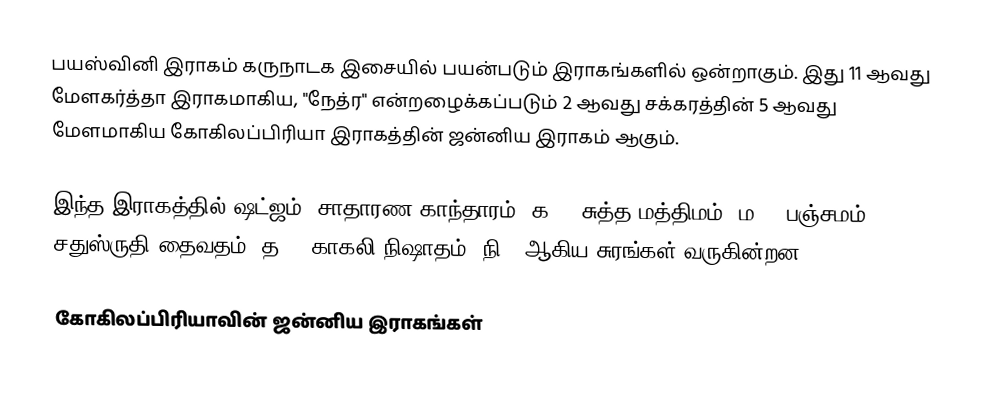
பயஸ்வினி இராகம் கருநாடக இசையில் பயன்படும் இராகங்களில் ஒன்றாகும். இது 11 ஆவது மேளகர்த்தா இராகமாகிய, "நேத்ர" என்றழைக்கப்படும் 2 ஆவது சக்கரத்தின் 5 ஆவது மேளமாகிய கோகிலப்பிரியா இராகத்தின் ஜன்னிய இராகம் ஆகும்.

இந்த இராகத்தில் ஷட்ஜம்,  சாதாரண காந்தாரம் (க2), சுத்த மத்திமம் (ம1), பஞ்சமம்,  சதுஸ்ருதி தைவதம் (த2), காகலி நிஷாதம்  (நி3) ஆகிய சுரங்கள் வருகின்றன.

கோகிலப்பிரியாவின் ஜன்னிய இராகங்கள்